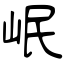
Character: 岷